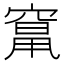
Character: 𱷌